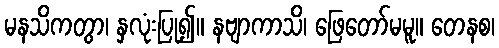
မနသိကတွာ၊ နှလုံးပြု၍။ နဗျာကာသိ၊ ဖြေတော်မမူ။ တေနစ၊